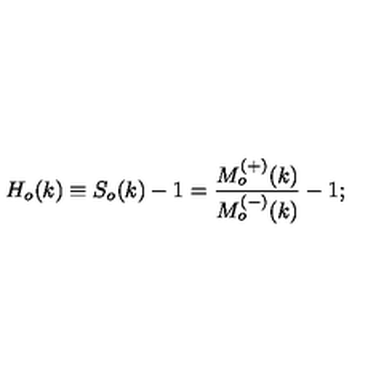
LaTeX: H _ { o } ( k ) \equiv S _ { o } ( k ) - 1 = \frac { M _ { o } ^ { ( + ) } ( k ) } { M _ { o } ^ { ( - ) } ( k ) } - 1 ;